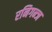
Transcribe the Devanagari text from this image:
रनिगन्ज